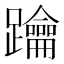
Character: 䠯